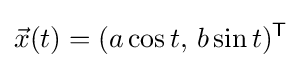
{\vec {x}}(t)=(a\cos t,\,b\sin t)^{\mathsf {T}}